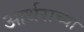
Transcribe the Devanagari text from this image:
आर्थराच्या